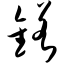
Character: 锘